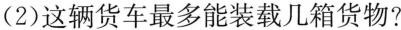
(2)这辆货车最多能装载几箱货物?